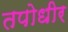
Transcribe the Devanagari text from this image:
तपोधीर